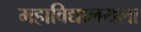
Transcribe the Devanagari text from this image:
महाविद्यालयला